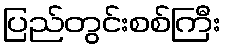
ပြည်တွင်းစစ်ကြီး